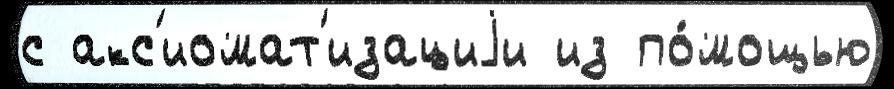
с акс'иомат'изациjи из по́мощью